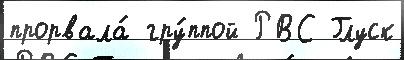
прорвала́ гру́ппой РВС Глуск